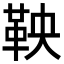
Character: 鞅